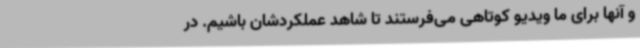
و آنها برای ما ویدیو کوتاهی می‌فرستند تا شاهد عملکردشان باشیم. در